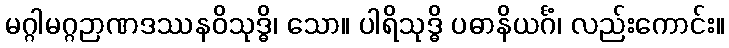
မဂ္ဂါမဂ္ဂဉာဏဒဿနဝိသုဒ္ဓိ၊ သော။ ပါရိသုဒ္ဓိ ပဓာနိယင်္ဂံ၊ လည်းကောင်း။